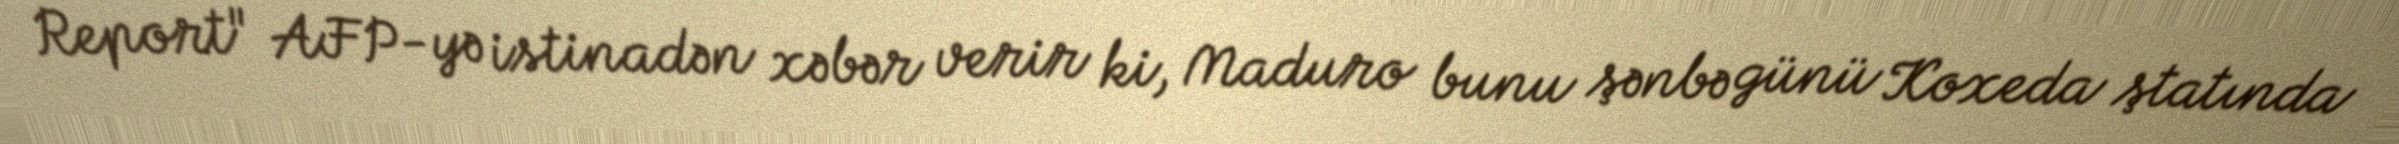
Report" AFP-yə istinadən xəbər verir ki, Maduro bunu şənbə günü Koxeda ştatında